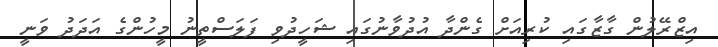
އިޒްރޭލުން ގާޒާގައި ކުރިއަށް ގެންދާ އުދުވާނުގައި ޝަހީދުވި ފަލަސްތީނު މީހުންގެ އަދަދު ވަނީ